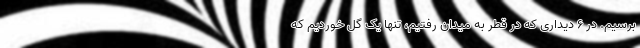
برسیم. در ۶ دیداری که در قطر به میدان رفتیم، تنها یک گل خوردیم که